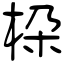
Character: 桗